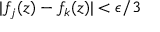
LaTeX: | f _ { j } ( z ) - f _ { k } ( z ) | < \epsilon / 3